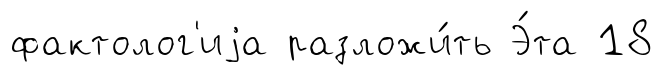
фактолог'иjа разложи́ть Э́та 18